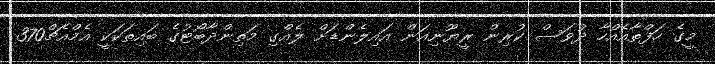
މީގެ ހަފްތާއެއްހާ ދުވަސް ކުރިން ރީޔޫނިއަން އައިލެންޑަށް ލެއްގި މަތިންދާބޯޓުގެ ބައިތަކަކީ އެމްއެޗް370